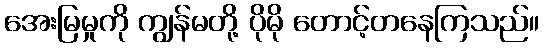
အေးမြမှုကို ကျွန်မတို့ ပိုမို တောင့်တနေကြသည်။